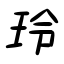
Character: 玲